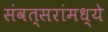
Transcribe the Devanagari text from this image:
संवत्सरांमध्ये